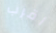
أقرب